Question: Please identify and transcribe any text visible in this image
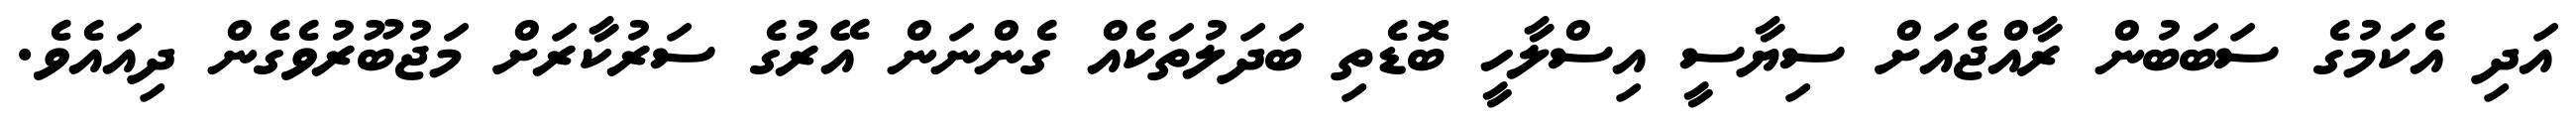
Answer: އަދި އެކަމުގެ ސަބަބުން ރާއްޖެއަށް ސިޔާސީ އިސްލާހީ ބޮޑެތި ބަދަލުތަކެއް ގެންނަން އޭރުގެ ސަރުކާރަށް މަޖުބޫރުވެގެން ދިއައެވެ.